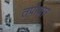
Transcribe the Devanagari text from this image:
तपोचार